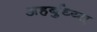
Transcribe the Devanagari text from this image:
अहर्बुध्य्त्